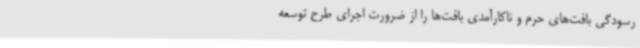
رسودگی بافت‌های حرم و ناکارآمدی بافت‌ها را از ضرورت اجرای طرح توسعه